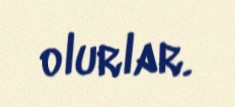
olurlar.